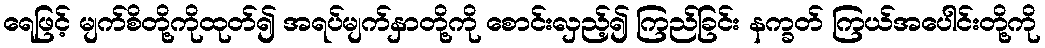
ရေဖြင့် မျက်စိတို့ကိုထုတ်၍ အရပ်မျက်နှာတို့ကို စောင်းလှည့်၍ ကြည်ခြင်း နက္ခတ် ကြယ်အပေါင်းတို့ကို